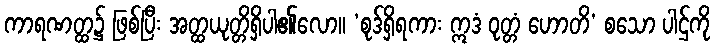
ကာရဏတ္ထ၌ ဖြစ်ပြီး အတ္ထယုတ္တိရှိပါ၏လော။ ‘စုဒ်ရှိရကား ဣဒံ ဝုတ္တံ ဟောတိ’ စသော ပါဌ်ကို